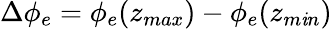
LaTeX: \Delta\phi_{e}=\phi_{e}(z_{max})-\phi_{e}(z_{m\mathit{i}n})